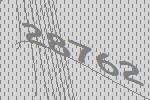
28762